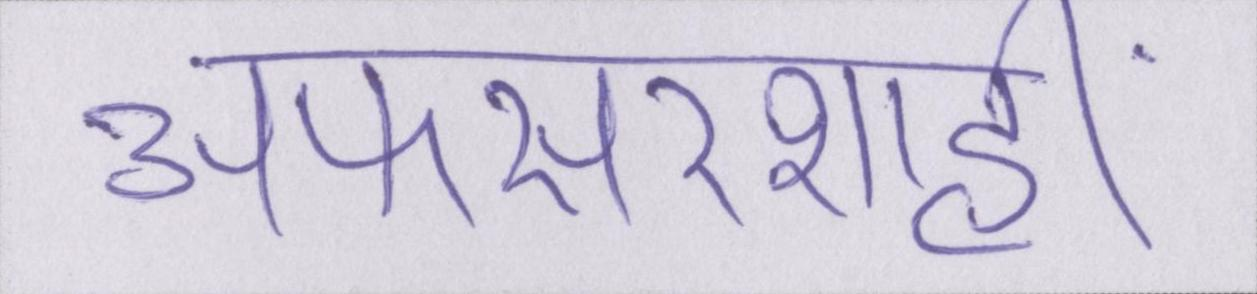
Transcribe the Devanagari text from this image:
अफसरशाही